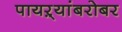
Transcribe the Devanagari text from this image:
पायऱ्यांबरोबर